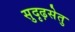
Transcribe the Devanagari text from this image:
सुदृढ़सेतु